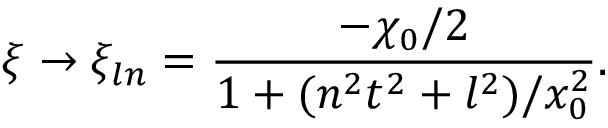
\xi \to \xi _ { l n } = \frac { - \chi _ { 0 } / 2 } { 1 + ( n ^ { 2 } t ^ { 2 } + l ^ { 2 } ) / x _ { 0 } ^ { 2 } } .